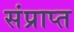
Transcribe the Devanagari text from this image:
संप्राप्त